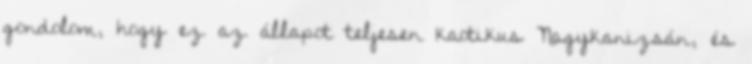
gondolom, hogy ez az állapot teljesen kaotikus Nagykanizsán, és